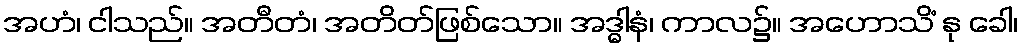
အဟံ၊ ငါသည်။ အတီတံ၊ အတိတ်ဖြစ်သော။ အဒ္ဓါနံ၊ ကာလ၌။ အဟောသိံ နု ခေါ၊